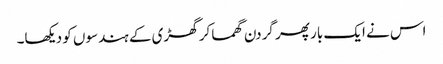
اس نے ایک بار پھر گردن گھما کر گھڑی کے ہندسوں کو دیکھا۔